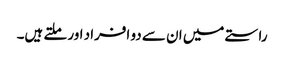
راستے میں ان سے دو افراد اور ملتے ہیں۔